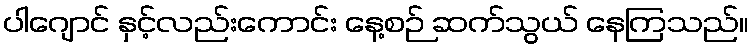
ပါဂျောင် နှင့်လည်းကောင်း နေ့စဉ် ဆက်သွယ် နေကြသည်။